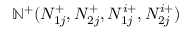
\mathbb { N } ^ { + } ( N _ { 1 j } ^ { + } , N _ { 2 j } ^ { + } , N _ { 1 j } ^ { i + } , N _ { 2 j } ^ { i + } )